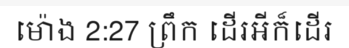
ម៉ោង 2:27 ព្រឹក ដើរអីក៏ដើរ